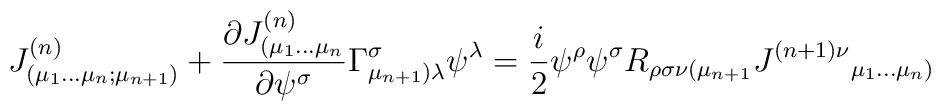
{J}_{(\mu _{1}\dots \mu _{n};\mu _{n+1})}^{(n)}+\frac{\partial {J}_{(\mu_{1}\dots \mu _{n}}^{(n)}}{\partial \psi ^{\sigma }}\Gamma _{\mu_{n+1})\lambda }^{\sigma }\psi ^{\lambda }=\frac{i}{2}\psi ^{\rho }\psi^{\sigma }R_{\rho \sigma \nu (\mu _{n+1}}{{J}^{(n+1)\nu }}_{\mu _{1}\dots\mu _{n})}